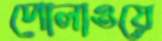
পোলাওয়ে